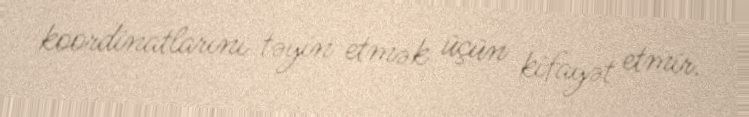
koordinatlarını təyin etmək üçün kifayət etmir.